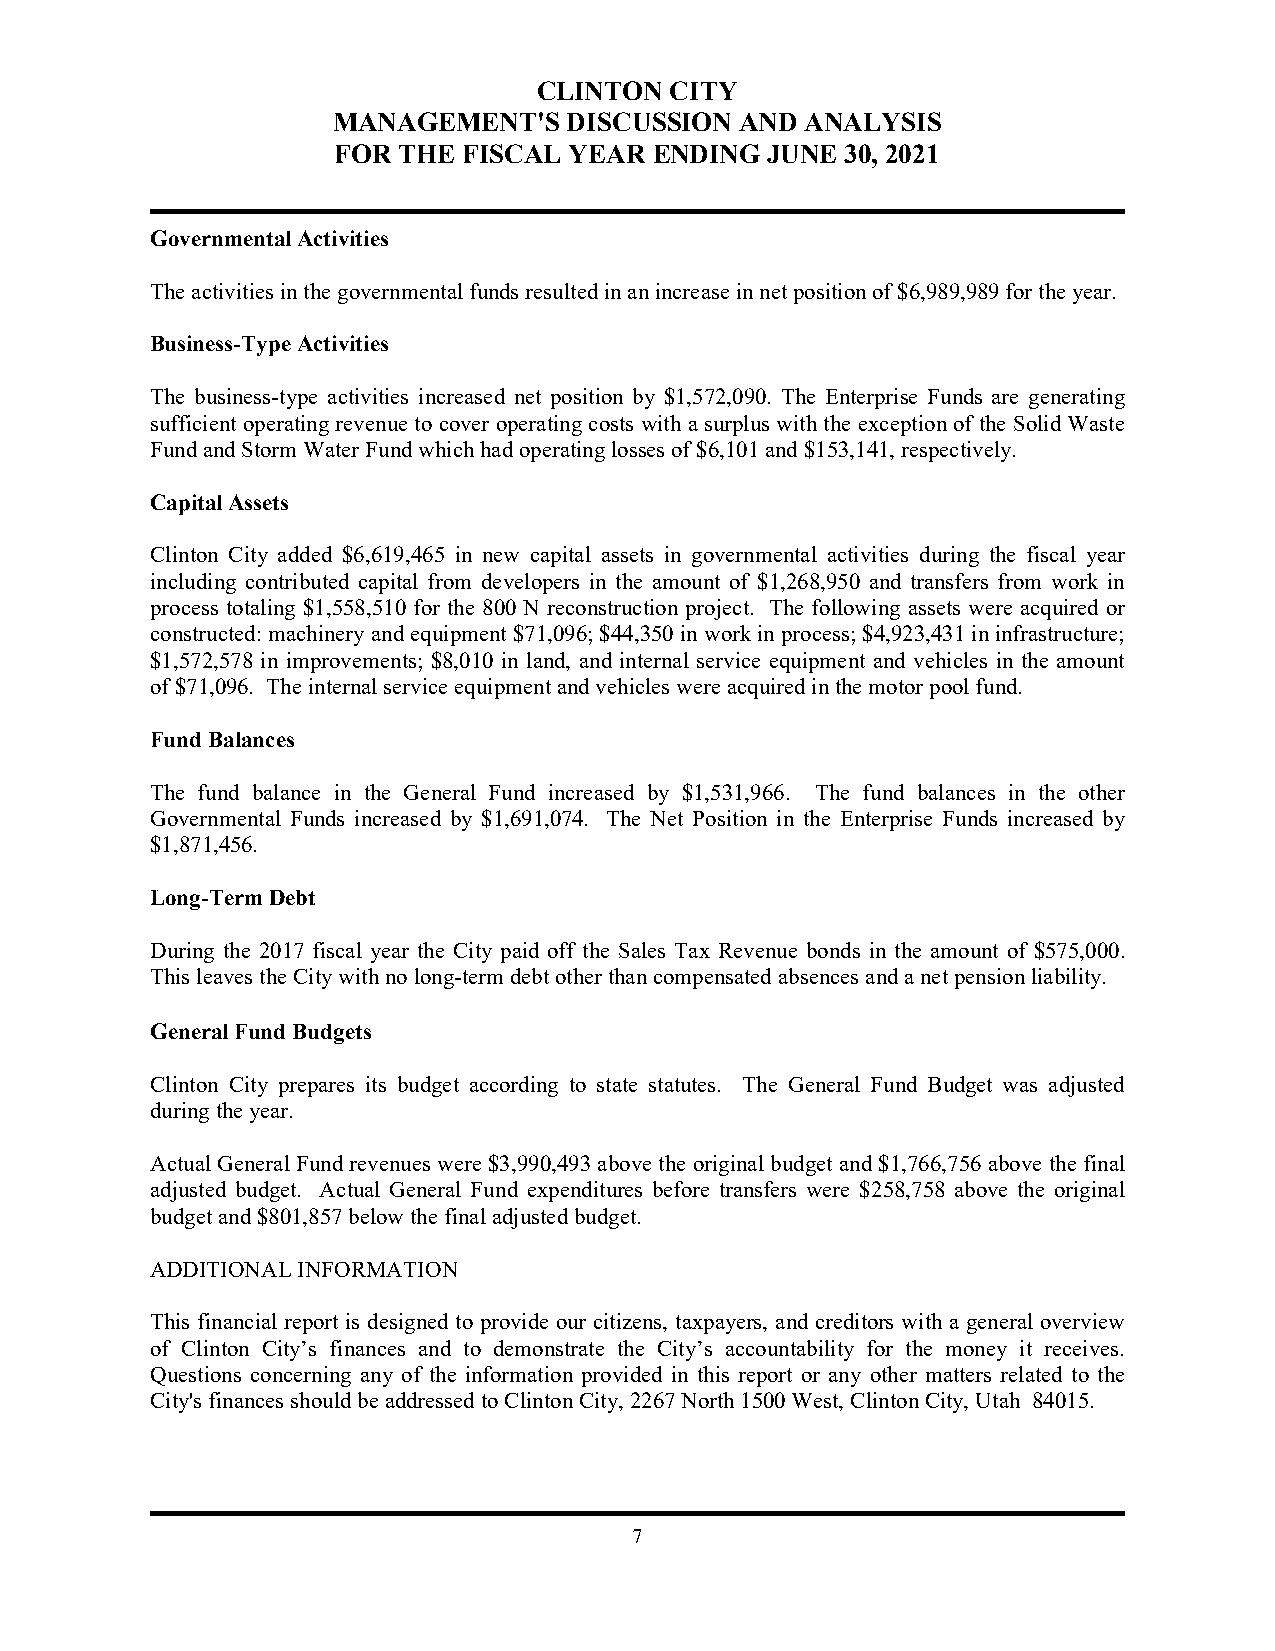
CLINTON CITY
 MANAGEMENT'S    DISCUSSION AND ANALYSIS
 FOR THE  FISCAL YEAR ENDING  JUNE 30, 2021
 Governmental Activities
 The activities in the governmental funds resulted in an increase in net position of $6,989,989 for the year.
 Business-Type Activities
 The business-type activities increased net position by $1,572,090. The Enterprise Funds are generating
 sufficient operating revenue to cover operating costs with a surplus with the exception of the Solid Waste
 Fund and Storm Water Fund which had operating losses of $6,101 and $153,141, respectively.
 Capital Assets
 Clinton City added $6,619,465 in new capital assets in governmental activities during the fiscal year
 including contributed capital from developers in the amount of $1,268,950 and transfers from work in
 process totaling $1,558,510 for the 800 N reconstruction project. The following assets were acquired or
 constructed: machinery and equipment $71,096; $44,350 in work in process; $4,923,431 in infrastructure;
 $1,572,578 in improvements; $8,010 in land, and internal service equipment and vehicles in the amount
 of $71,096. The internal service equipment and vehicles were acquired in the motor pool fund.
 Fund Balances
 The fund balance in the General Fund increased by $1,531,966. The fund balances in the other
 Governmental Funds increased by $1,691,074. The Net Position in the Enterprise Funds increased by
 $1,871,456.
 Long-Term Debt
 During the 2017 fiscal year the City paid off the Sales Tax Revenue bonds in the amount of $575,000.
 This leaves the City with no long-term debt other than compensated absences and a net pension liability.
 General Fund Budgets
 Clinton City prepares its budget according to state statutes. The General Fund Budget was adjusted
 during the year.
 Actual General Fund revenues were $3,990,493 above the original budget and $1,766,756 above the final
 adjusted budget. Actual General Fund expenditures before transfers were $258,758 above the original
 budget and $801,857 below the final adjusted budget.
 ADDITIONAL INFORMATION
 This financial report is designed to provide our citizens, taxpayers, and creditors with a general overview
 of Clinton City’s finances and to demonstrate the City’s accountability for the money it receives.
 Questions concerning any of the information provided in this report or any other matters related to the
 City's finances should be addressed to Clinton City, 2267 North 1500 West, Clinton City, Utah 84015.
 7